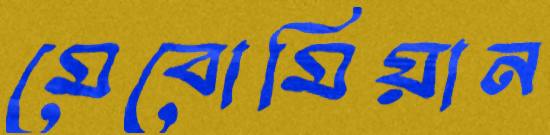
মেবোমিয়ান